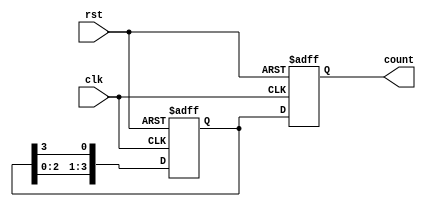
module ring_counter(
    input wire clk,
    input wire rst,
    output reg [3:0] count
);

reg [3:0] next_count;

always @(posedge clk or posedge rst) begin
    if (rst) begin
        count <= 4'b0001;
        next_count <= 4'b0010;
    end else begin
        count <= next_count;
        next_count <= {next_count[2:0], next_count[3]};
    end
end

endmodule